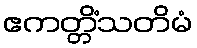
ဧကတ္တိံသတိမံ